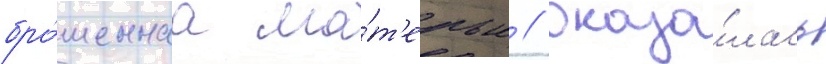
бро́шеннаа ма́т'ерью / оказа́лась